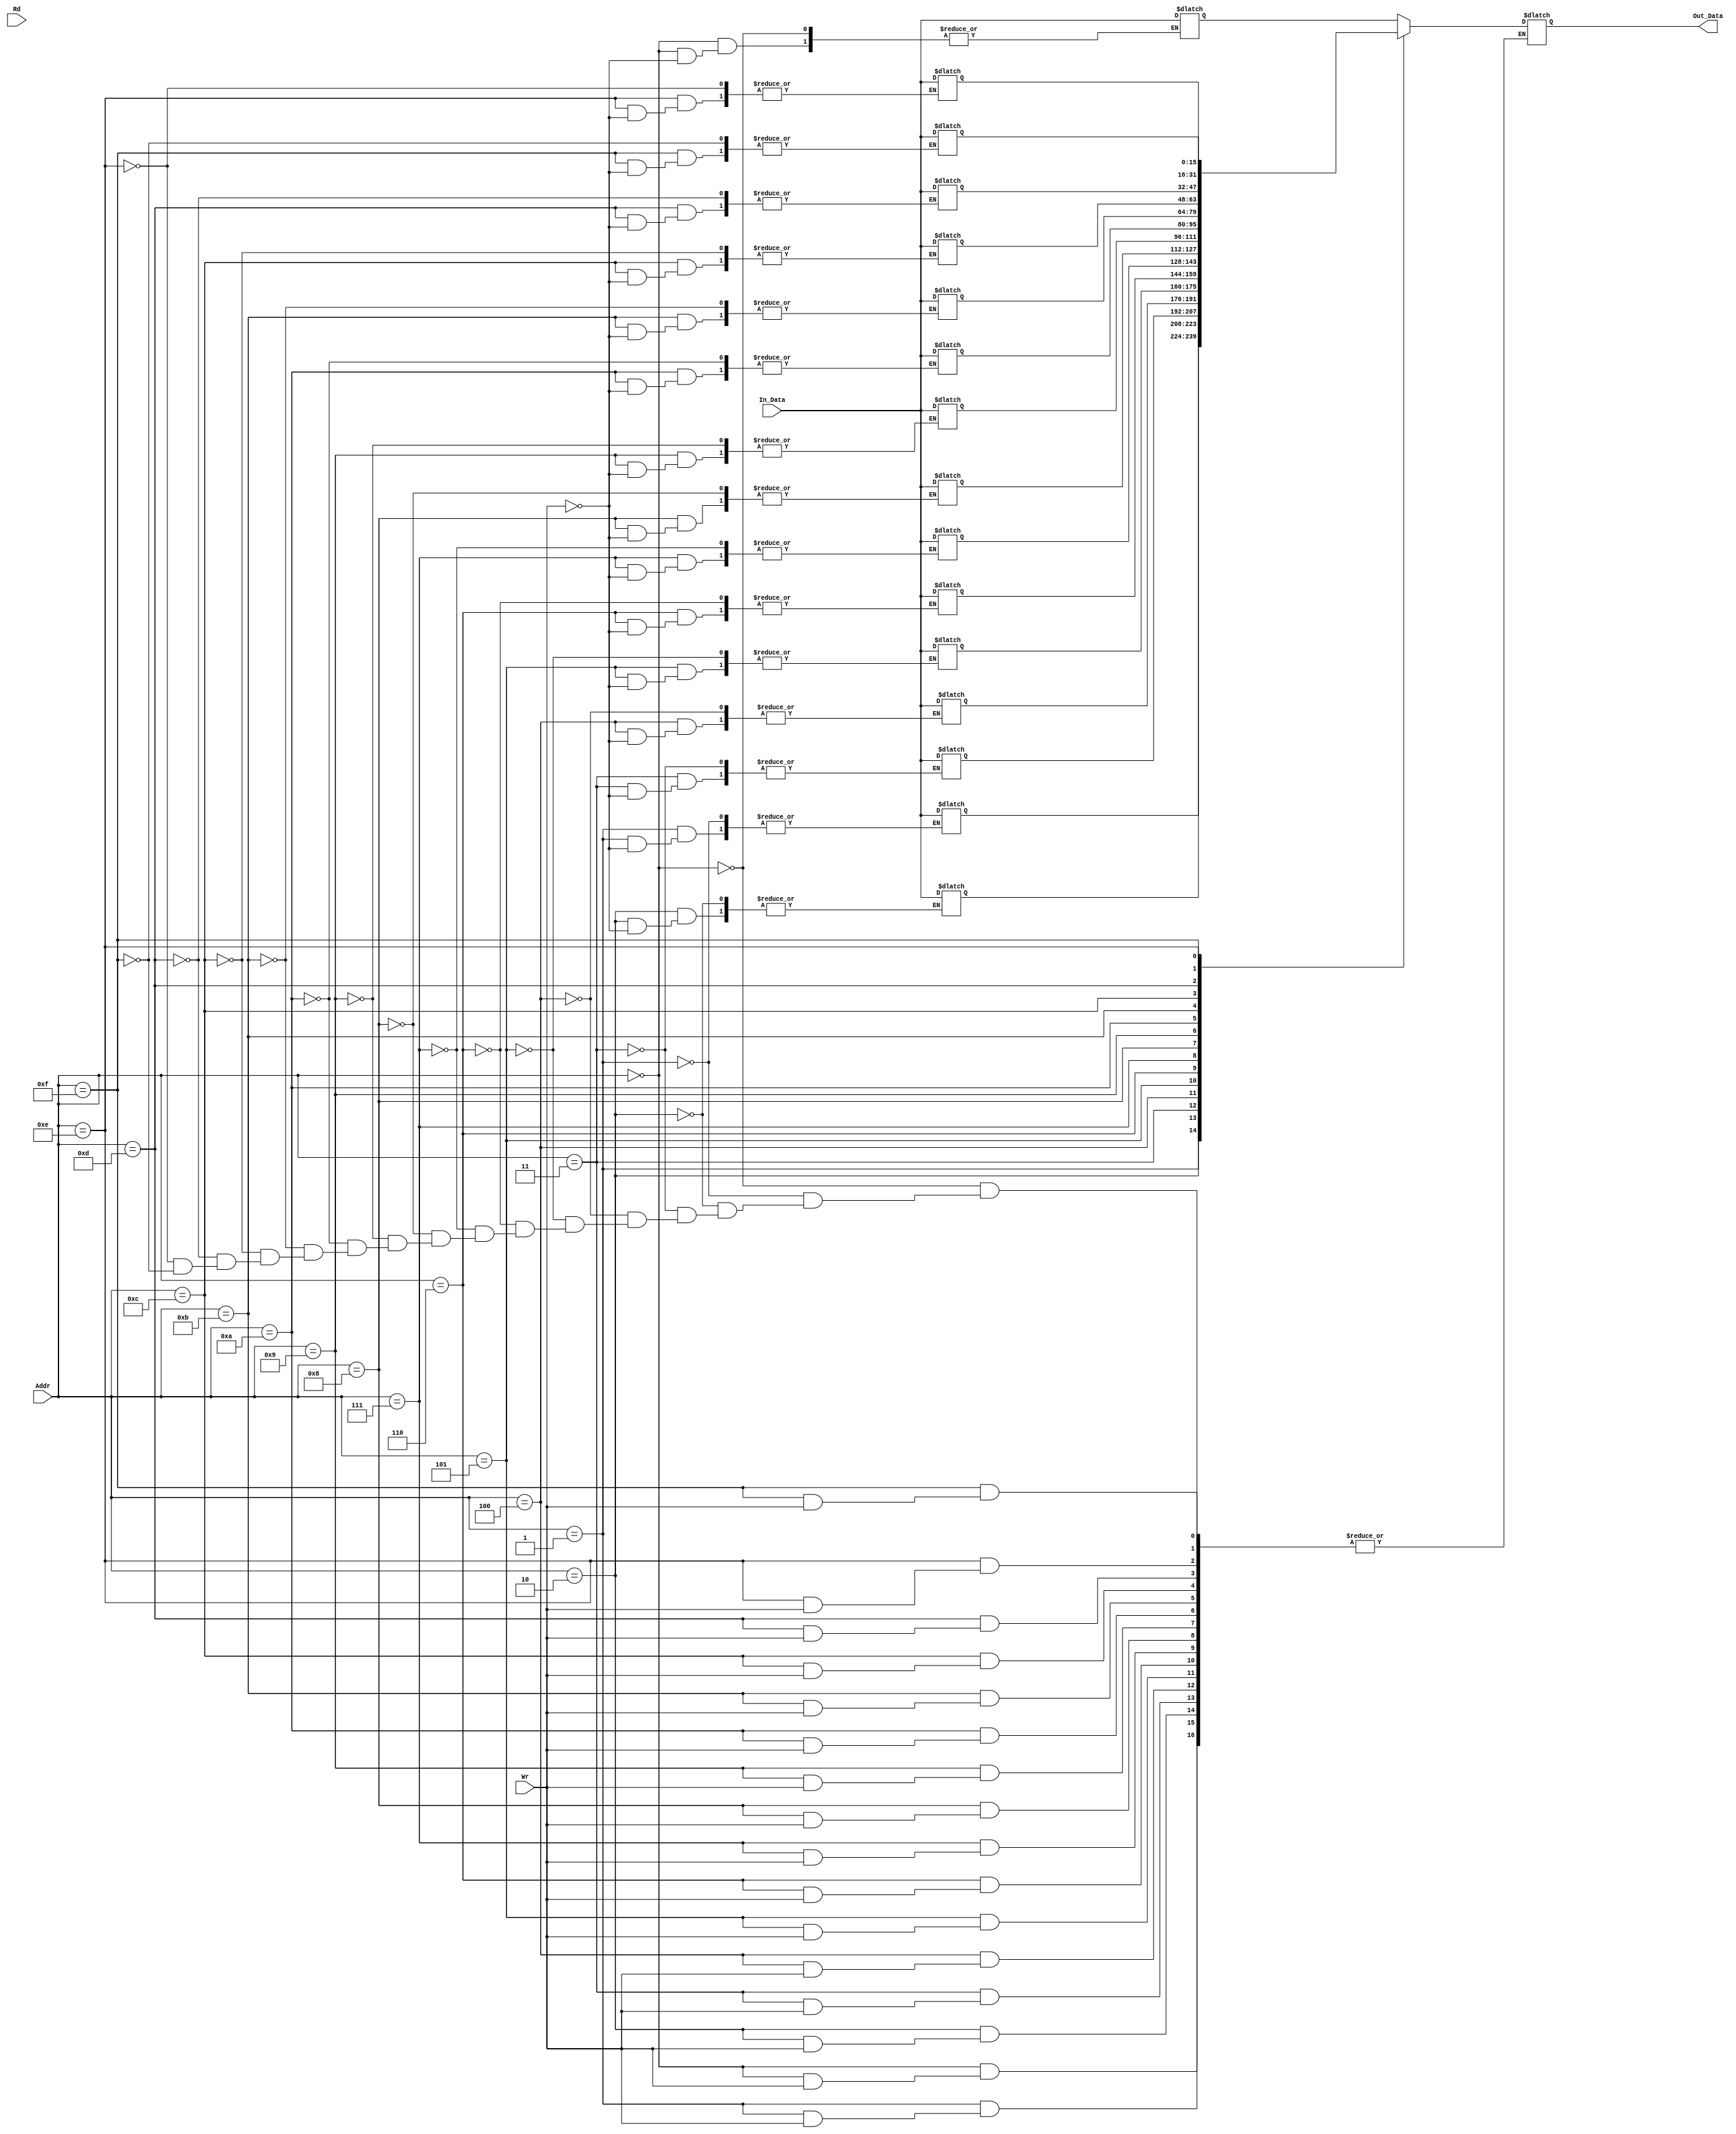
`timescale 1ns / 1ps
//////////////////////////////////////////////////////////////////////////////////
// Company: 
// Engineer: 
// 
// Design Name: 
// Module Name: Memory
// Project Name: 
// Target Devices: 
// Tool Versions: 
// Description: 
// 
// Dependencies: 
// 
// Revision:
// Revision 0.01 - File Created
// Additional Comments:
// 
//////////////////////////////////////////////////////////////////////////////////


module Memory(
    input Rd, Wr,
    input [10:0] Addr,
    input [15:0] In_Data,
    output [15:0] Out_Data
    );
    
    reg[15:0] Output;
    reg [15:0] bloques[63:0];
    always @(*)
        begin
            case (Addr)

                        11'b0000:  if(Wr) bloques[0] = In_Data;
                                  else Output = bloques[0];
                        11'b0001:  if(Wr) bloques[1] = In_Data;
                                  else Output = bloques[1];
                        11'b0010:  if(Wr) bloques[2] = In_Data;
                                  else Output = bloques[2];
                        11'b0011:  if(Wr) bloques[3] = In_Data;
                                  else Output = bloques[3];
                        11'b0100:  if(Wr) bloques[4] = In_Data;
                                  else Output = bloques[4];
                        11'b0101:  if(Wr) bloques[5] = In_Data;
                                  else Output = bloques[5];
                        11'b0110:  if(Wr) bloques[6] = In_Data;
                                  else Output = bloques[6];
                        11'b0111:  if(Wr) bloques[7] = In_Data;
                                  else Output = bloques[7];  
                        11'b1000:  if(Wr) bloques[8] = In_Data;
                                  else Output = bloques[8];
                        11'b1001:  if(Wr) bloques[9] = In_Data;
                                  else Output = bloques[9];
                        11'b1010:  if(Wr) bloques[10] = In_Data;
                                  else Output = bloques[10];
                        11'b1011:  if(Wr) bloques[11] = In_Data;
                                  else Output = bloques[11];
                        11'b1100:  if(Wr) bloques[12] = In_Data;
                                  else Output = bloques[12];
                        11'b1101:  if(Wr) bloques[13] = In_Data;
                                  else Output = bloques[13];
                        11'b1110:  if(Wr) bloques[14] = In_Data;
                                  else Output = bloques[14];
                        11'b1111:  if(Wr) bloques[15] = In_Data;
                                  else Output = bloques[15];  
                            
            endcase
       end
        
    assign Out_Data = Output;    
        
endmodule